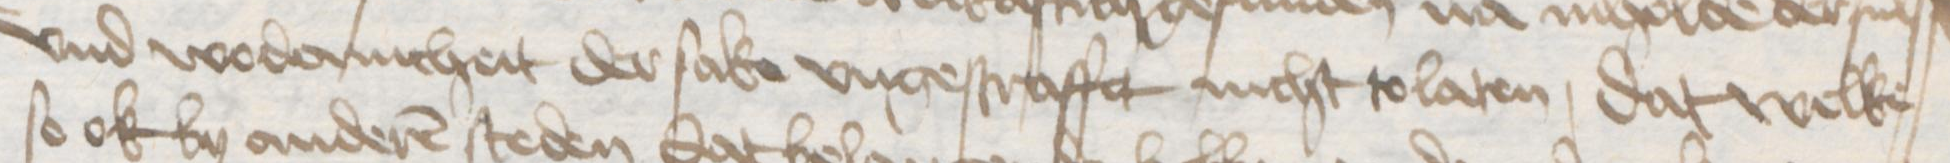
Transcription: und wodernicheit der sake ungestraffet nicht tolaten dat welke